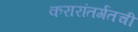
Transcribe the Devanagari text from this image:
करारांतर्गतची